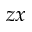
z x